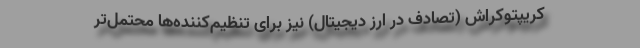
کریپتوکراش (تصادف در ارز دیجیتال) نیز برای تنظیم‌کننده‌ها محتمل‌تر